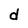
Character: d